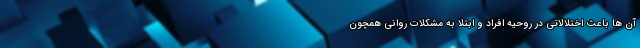
آن ها باعث اختلالاتی در روحیه افراد و ابتلا به مشکلات روانی همچون